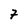
Character: 7